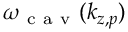
\omega _ { \mathrm { ~ c ~ a ~ v ~ } } ( k _ { z , p } )